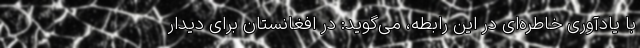
با یادآوری خاطره‌ای در این رابطه، می‌گوید: در افغانستان برای دیدار